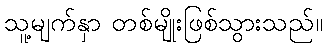
သူ့မျက်နှာ တစ်မျိုးဖြစ်သွားသည်။